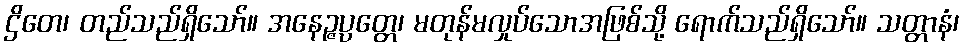
ဌိတေ၊ တည်သည်ရှိသော်။ အနေဉ္ဇပ္ပတ္တေ၊ မတုန်မလှုပ်သောအဖြစ်သို့ ရောက်သည်ရှိသော်။ သတ္တာနံ၊